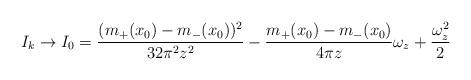
LaTeX: \begin{align*}I_k\rightarrow I_0=\frac{(m_+(x_0)-m_-(x_0))^2}{32\pi^2z^2}-\frac{m_+(x_0)-m_-(x_0)}{4\pi z}\omega_z+\frac{\omega_z^2}{2}\end{align*}